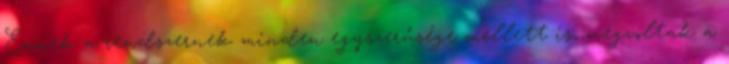
Ennek a rendszernek minden egyszerűsége mellett is, megvoltak a